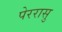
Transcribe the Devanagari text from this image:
पेररासु